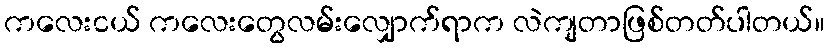
ကလေးငယ် ကလေးတွေလမ်းလျှောက်ရာက လဲကျတာဖြစ်တတ်ပါတယ်။